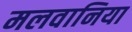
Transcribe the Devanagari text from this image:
मलवानिया